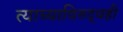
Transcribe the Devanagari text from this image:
त्याच्याविरुद्धही